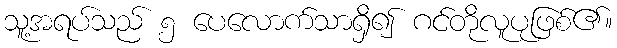
သူ့အရပ်သည် ၅ ပေလောက်သာရှိ၍ ဂင်တိုလူပုဖြစ်၏။